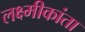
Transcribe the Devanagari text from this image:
लक्ष्मीकांता